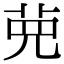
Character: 𦰋